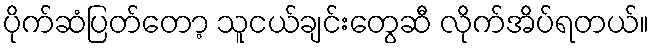
ပိုက်ဆံပြတ်တော့ သူငယ်ချင်းတွေဆီ လိုက်အိပ်ရတယ်။